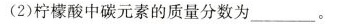
(2)柠檬酸中碳元素的质量分数为___。